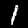
Digit: 1